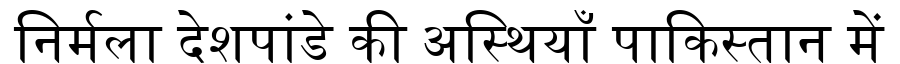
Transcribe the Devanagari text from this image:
निर्मला देशपांडे की अस्थियाँ पाकिस्तान में